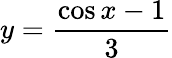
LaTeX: y={\frac{\cos x-1}{3}}